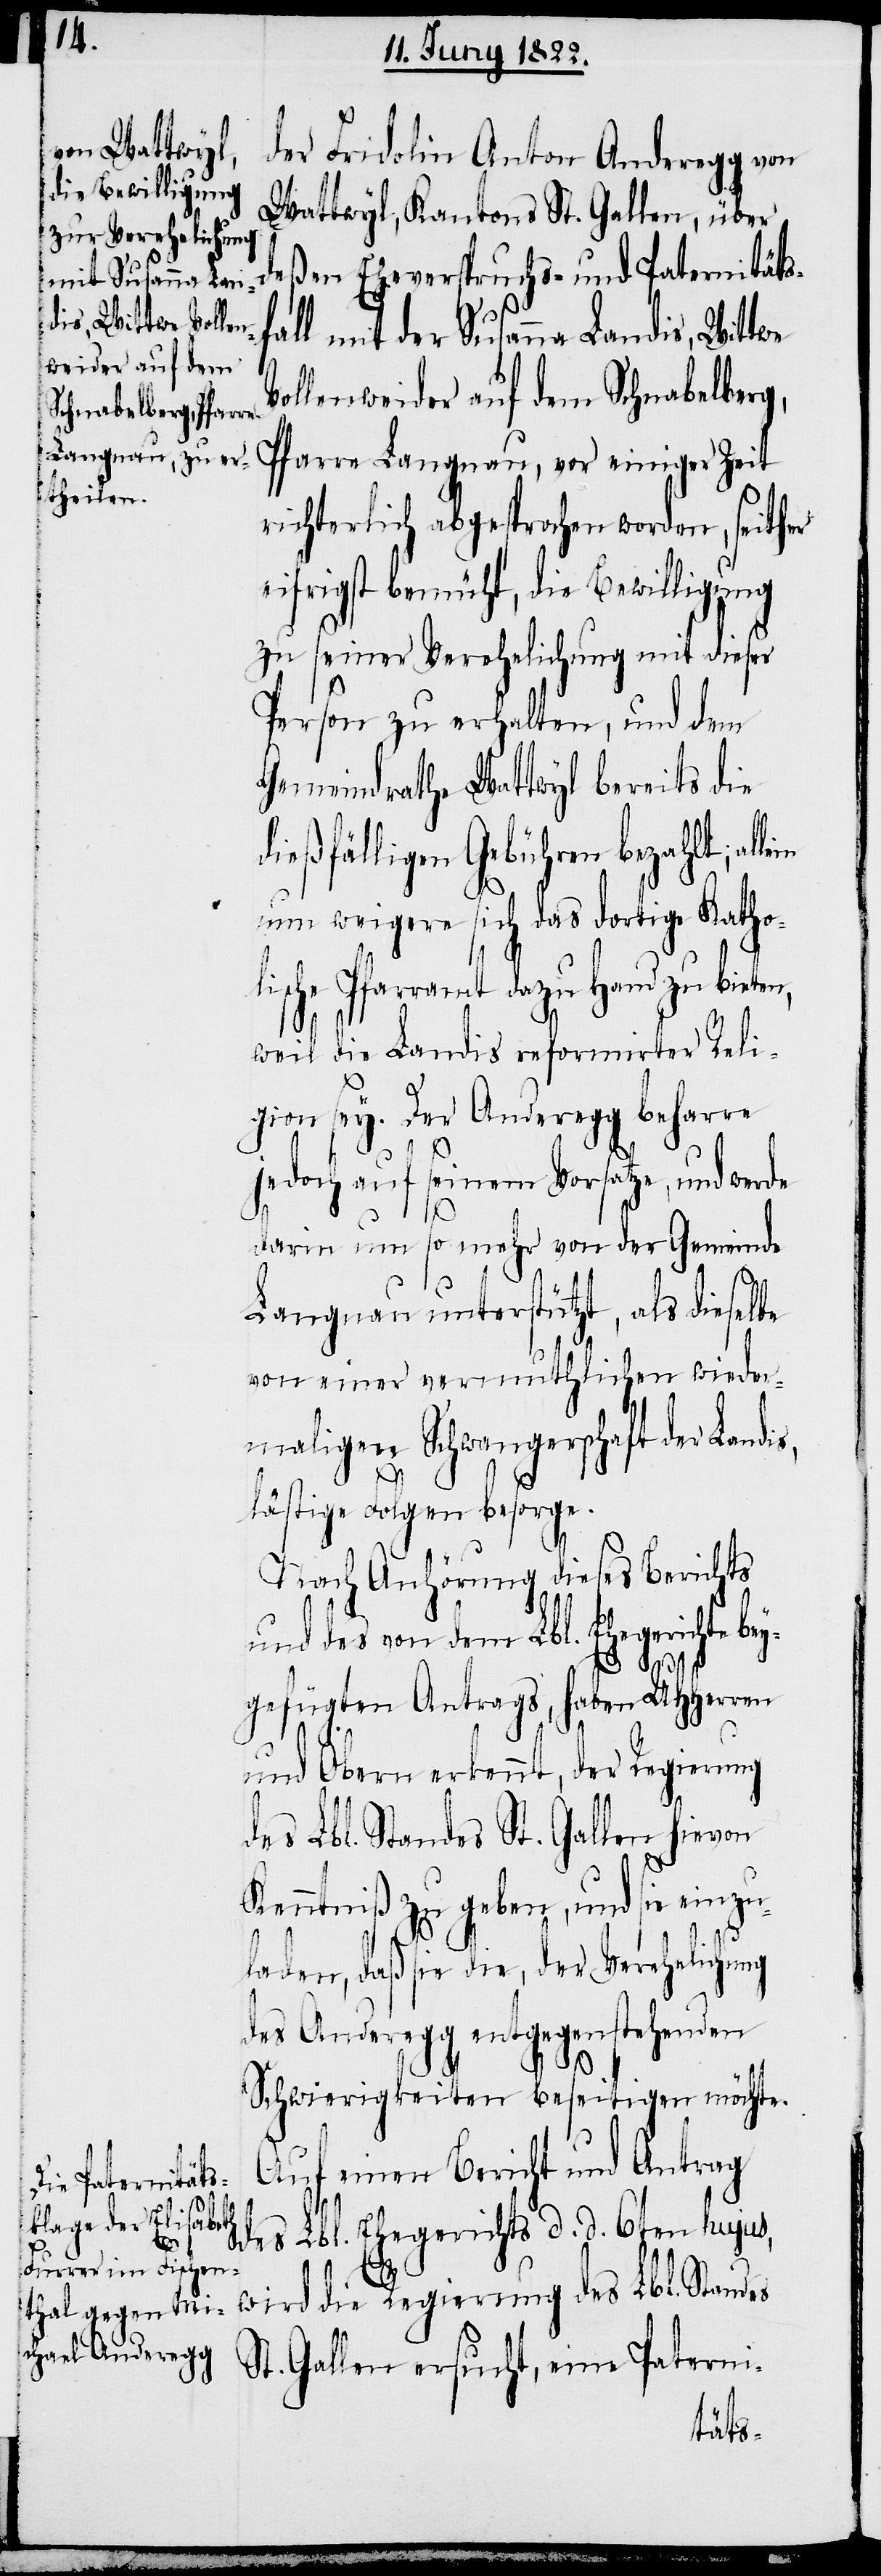
der Fridolin Anton Anderegg von
Wattwyl, Kantons St. Gallen, über
deßen Eheverpruchs- und Paternitäts¬
all mit der Susanna Landis, Wittwe
ollenweider auf dem Schnabelberg,
Pfarre Langnau, vor einiger Zeit
richterlich abgesprochen worden, seither
eifrigst bemüht, die Bewilligung
zu seiner Verehelichung mit dieser
Person zu erhalten, und dem
Gemeindrathe Wattwyl bereits die
dießfälligen Gebühren bezahlt; al¬
nun weigere sich das dortige Katholi¬
sche Pfarramt dazu Hand zu bie¬
weil die Landis reformirter Reli¬
gion sey. Der Anderegg beharre
jedoch auf seinem Vorsatze, und werde
darin um so mehr von der Gemeinde
Langnau unterstützt, als dieselbe
von einer vermuthlichen wieder¬
maligen Schwangerschaft der Landi¬
s,
lästige Folgen besorge.
Nach Anhörung dieses Berichts
und des von dem Lbl. Ehegerichte be¬
ygefügten Antrags, haben UHHerren
und Obern erkennt, der Regierung
des Lbl. Standes St. Gallen hievon
Kenntniß zu geben, und sie einzu¬
laden, daß sie die, der Verehelichung
des Anderegg entgegenstehenden
Schwierigkeiten beseitigen möchte.
Auf einen Bericht und Antrag
des Lbl. Ehegerichts d. d. 6ten hujus,
ten,
f¬
wird die Regierung des Lbl. Standes
St. Gallen ersucht, eine Paterni-